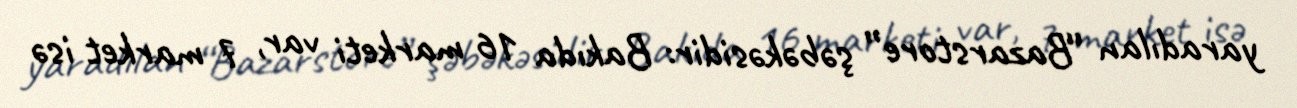
yaradılan “Bazarstore” şəbəkəsidir: Bakıda 16 marketi var, 7 market isə